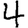
Digit: 4